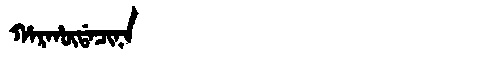
Manchu: ᡥᠠᡵᡥᡡᡩᠠᠴᡳᠨᠠ
Romanization: HARHŪDACINA